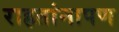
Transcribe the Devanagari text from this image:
राहतांनापण